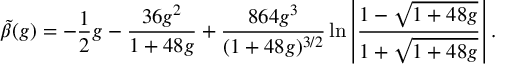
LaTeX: \tilde { \beta } ( g ) = - \frac { 1 } { 2 } g - \frac { 3 6 g ^ { 2 } } { 1 + 4 8 g } + \frac { 8 6 4 g ^ { 3 } } { ( 1 + 4 8 g ) ^ { 3 / 2 } } \ln \left| \frac { 1 - \sqrt { 1 + 4 8 g } } { 1 + \sqrt { 1 + 4 8 g } } \right| .